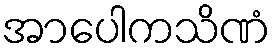
အာပေါကသိဏံ